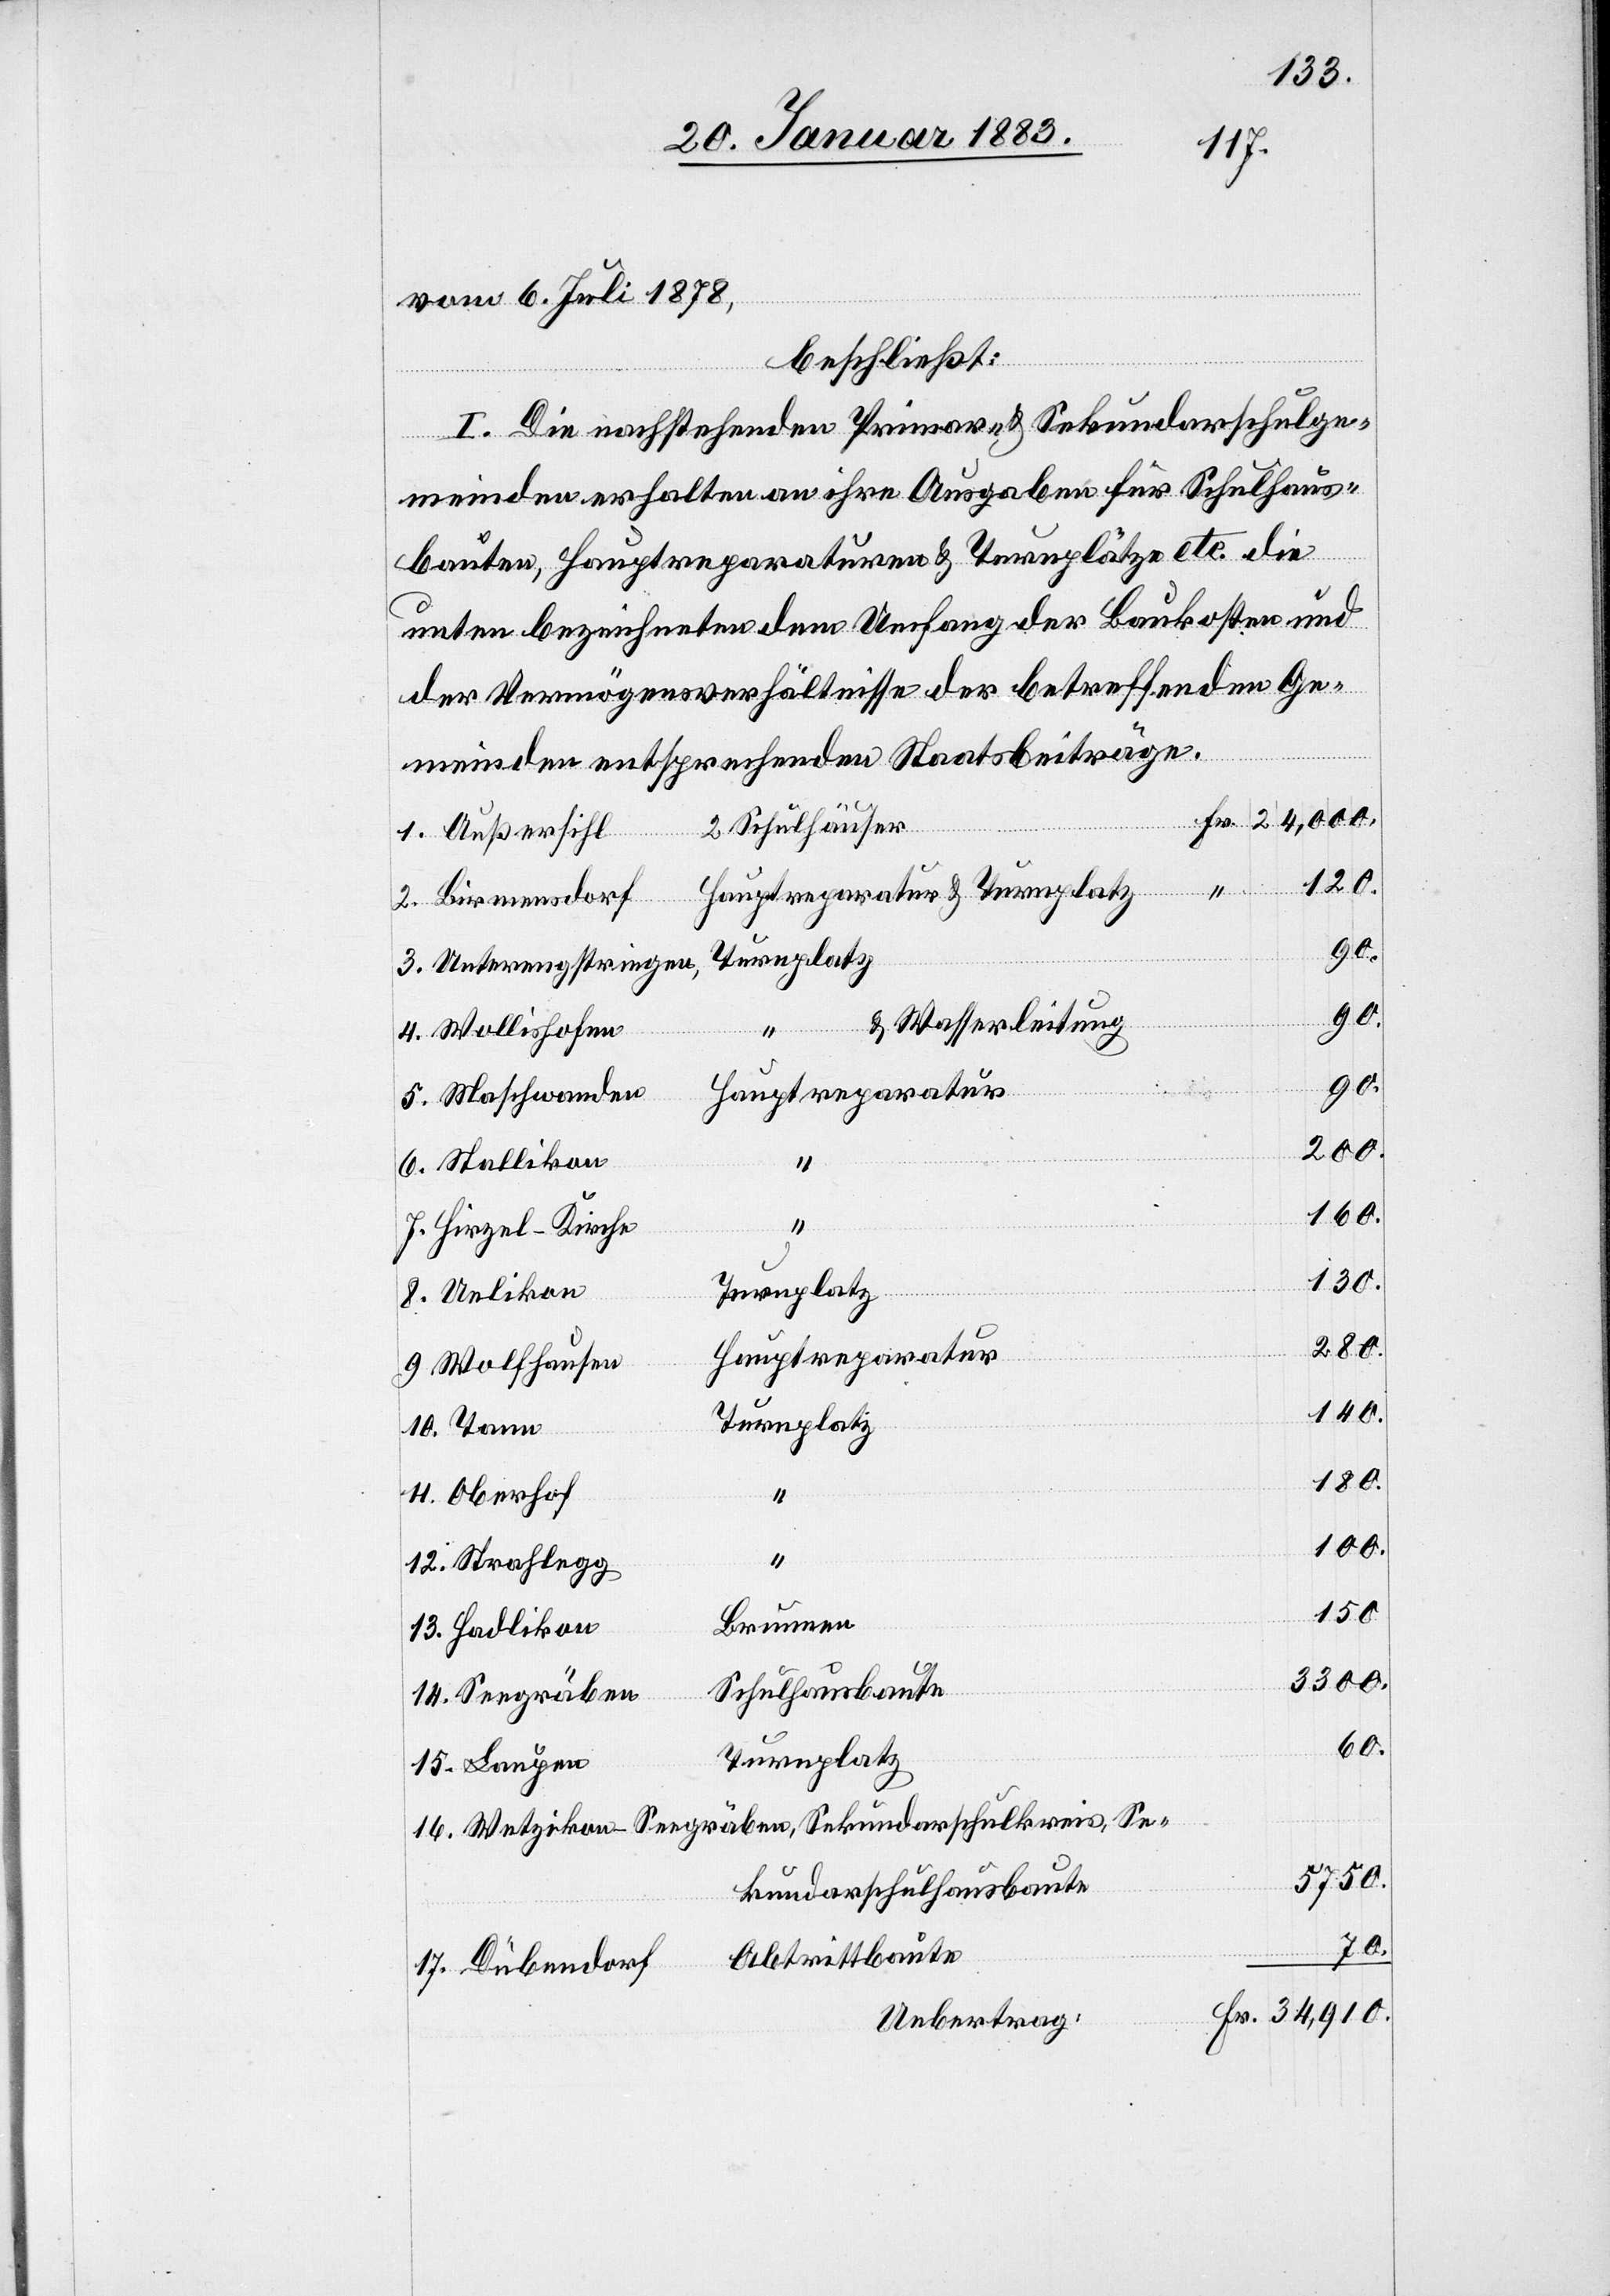
15.
17.
vom 6. Juli 1878,
beschließt:
I. Die nachstehenden Primar- & Sekundarschulge¬
meinden erhalten an ihre Ausgaben für Schulhaus¬
bauten, Hauptreparaturen & Turnplätze etc. die
unten bezeichneten dem Umfang der Baukosten und
der Vermögensverhältnisse der betreffenden Ge¬
meinden entsprechenden Staatsbeiträge:
2 Schulhäuser
Laupen
16.
Dübendorf
Unterengstringen
9.
& Wasserleitung
Se¬
“
10.
200.
14.
160.
Hirzel-Kirche
8.
130.
280.
Hauptreparatur
Wolfhausen
140.
180.
100.
150.
Brunnen
3300.
Schulhausbaute
60.
Turnplatz
5750.
kundarschulhausbaute
70.
Abtrittbaute